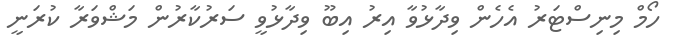
ހޯމް މިނިސްޓަރު އެހެން ވިދާޅުވާ އިރު އިބޫ ވިދާޅުވީ ސަރުކާރުން މަޝްވަރާ ކުރަނީ